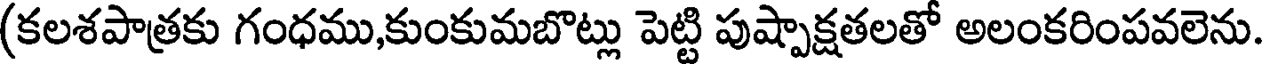
(కలశపాత్రకు గంధము,కుంకుమబొట్లు పెట్టి పుష్పాక్షతలతో అలంకరింపవలెను.